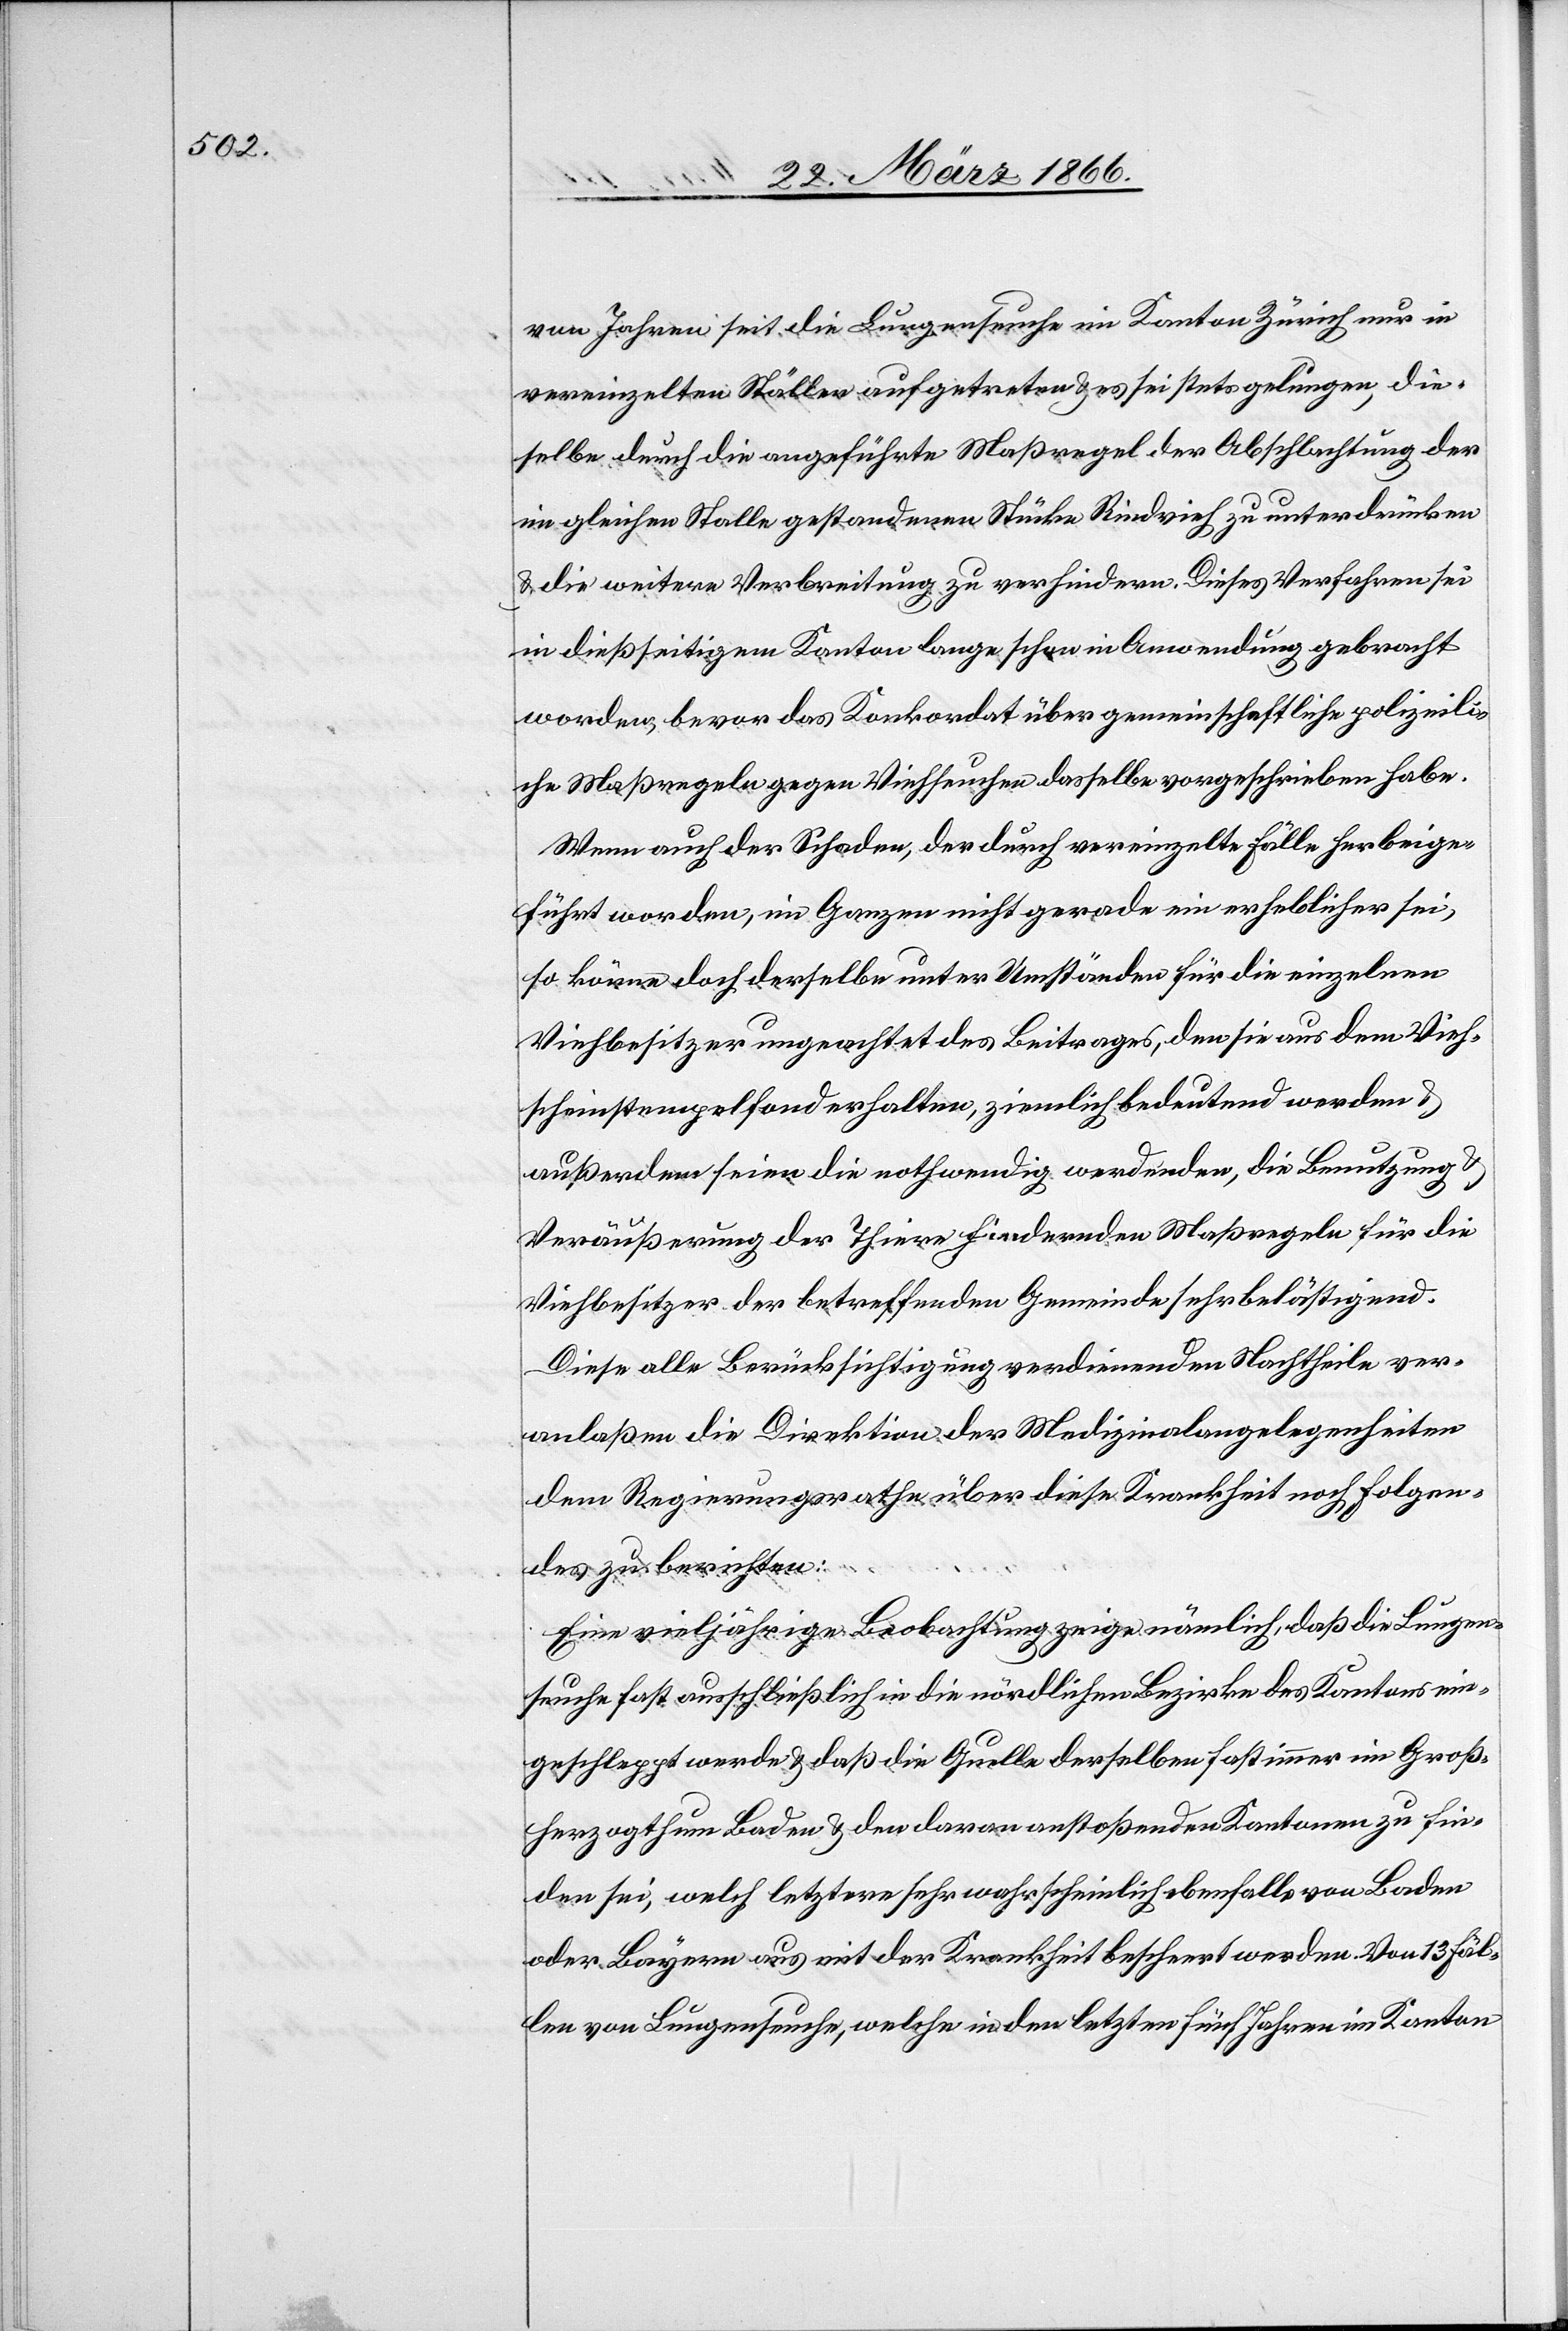
von Jahren seit [sic!] die Lungenseuche im Kanton Zürich nur in
vereinzelten Ställen aufgetreten u. es sei stets gelungen, die¬
selbe durch die angeführte Maßregel der Abschlachtung der
im gleichen Stalle gestandenen Stücke Rindvieh zu unterdrücken
u. die weitere Verbreitung zu verhindern. Dieses Verfahren sei
in dießseitigem Kanton lange schon in Anwendung gebracht
worden, bevor das Konkordat über gemeinschaftliche polizeili¬
che Maßregeln gegen Viehseuchen dasselbe vorgeschrieben habe.
Wenn auch der Schaden, der durch vereinzelte Fälle herbeige¬
führt worden, im Ganzen nicht gerade erheblicher sei,
so könne doch derselbe unter Umständen für die einzelnen
Viehbesitzer ungeachtet des Beitrages, den sie aus dem Vieh¬
scheinstempelfond erhalten, ziemlich bedeutend werden u.
außerdem seien die nothwendig werdenden, die Benutzung u.
Veräußerung der Thiere hindernden Maßregeln für die
Viehbesitzer der betreffenden Gemeinde sehr belästigend.
Diese alle Berücksichtigung verdienenden Nachtheile ver¬
anlaßen die Direktion der Medizinalangelegenheiten
dem Regierungsrathe über diese Krankheit noch Folgen¬
des zu berichten.
Eine vieljährige Beobachtung zeige nämlich, daß die Lungen¬
seuche fast ausschließlich in die nördlichen Bezirke des Kantons ein¬
geschleppt werde u. daß die Quelle derselben fast immer im Groß¬
herzogthum Baden u. den daran anstoßenden Kantonen zu fin¬
den sei, welch letztere sehr wahrscheinlich ebenfalls von Baden
oder Bayern aus mit der Krankheit beschert worden. Von 13 Fäl¬
len von Lungenseuche, welche in den letzten fünf Jahren im Kanton